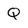
Character: Q